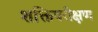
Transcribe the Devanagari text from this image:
शक्तिपरीक्षण